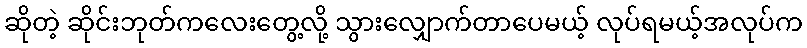
ဆိုတဲ့ ဆိုင်းဘုတ်ကလေးတွေ့လို့ သွားလျှောက်တာပေမယ့် လုပ်ရမယ့်အလုပ်က